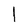
Character: l